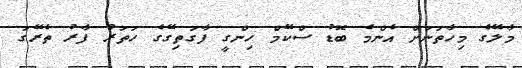
މާލޭގެ މިހާތަނަށް އެންމެ ބޮޑު ސްކޭމް ހިންގީ ފާގަތިގޭގެ ހަތަރު ފާރު ތެރޭގަ